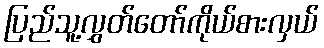
ပြည်သူ့လွှတ်တော်ကိုယ်စားလှယ်